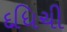
દધિચી